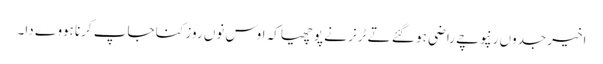
اخیر جدوں رنپوچے راضی ہو گئے تے ٹرنر نے پوچھیا کہ اوس نوں روز کنا جاپ کرنا ہووے دا۔